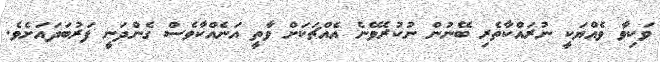
ވަކިވާ ވެއްޔަކީ ނުރައްކާތެރި ބޭނުން ނުކުރެވޭނެ އެއްޗަކަށް ވާތީ އަނެއްކާވެސް ގެންދަނީ ފަރުބަދައަށެވެ.